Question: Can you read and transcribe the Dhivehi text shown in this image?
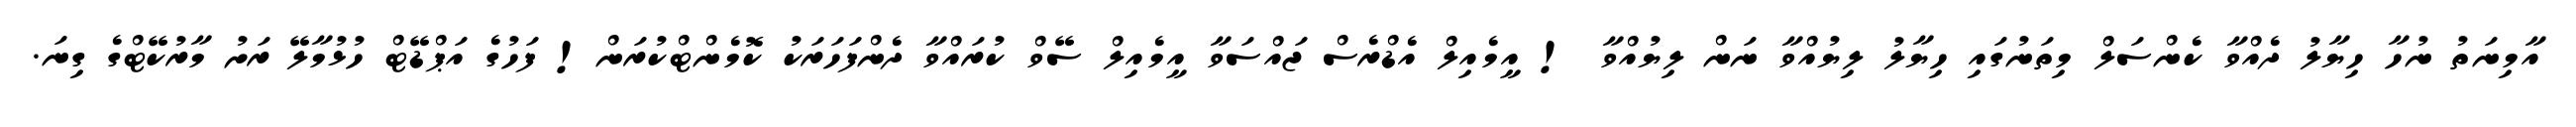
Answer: އާމިނަތު ނުހާ ހިޔާލު ދެއްވާ ކެންސަލް މިތަނުގައި ހިޔާލު ލިޔުއްވާ ނަން ލިޔުއްވާ ! އީމެއިލް އެޑްރެސް ޖައްސަވާ އީމެއިލް ސޭވް ކުރައްވާ ދެންފަހަރަކު ކޮމެންޓްކުރަން! ފަހުގެ އަޕްޑޭޓް ހުޅުމާލޭ ރަށު މާރުކޭޓްގެ ގިނަ.